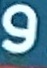
و